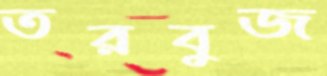
তরবুজ